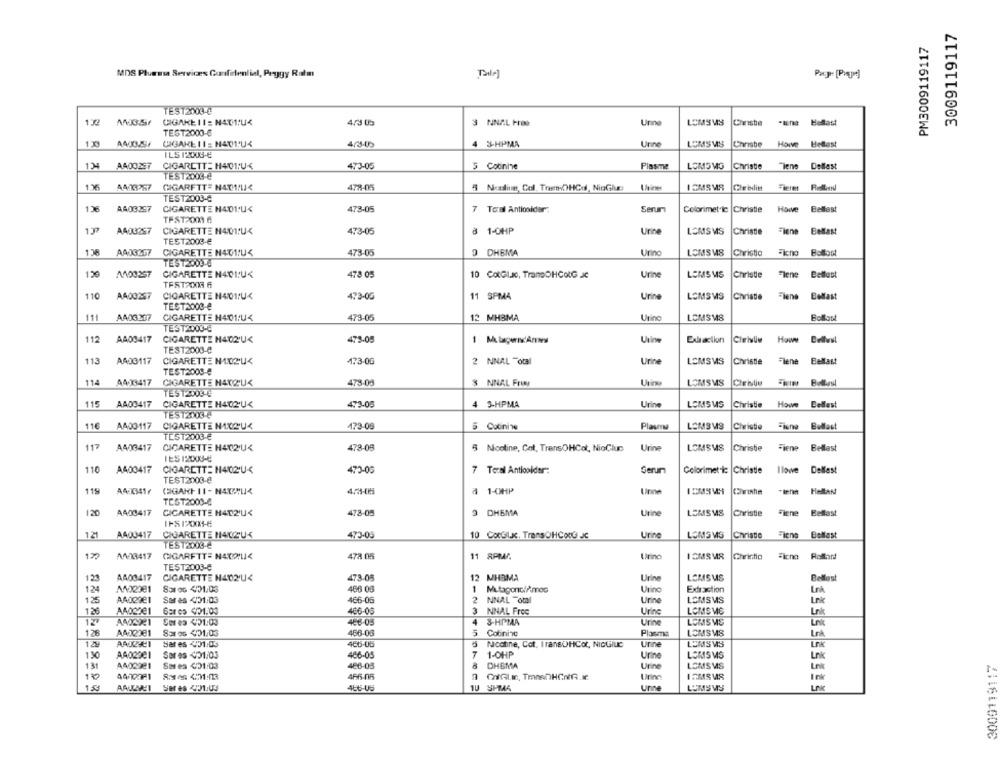
3009119117
PM3009119117
MDS Pluessa Services Confidential, Peggy Ratm
TEST2003-0
172
CIGARE 11 : N471:U4
4/3 05
3 NNAL HOG
Unne
LEMSMS
Chiste -une Belast
TEST2000-6
133
A403.27
CIGARE 1 1 : N401:UK
4 %-HPMA
Unne
LOMSMS
Christe Howve Hetlast
ILS 1-2003-€
13
A400297
CIGARETT= H401:U<
473-05
5 Cotinine
Plasma
LOMSMS
Christie "lene Dellest
TEST2003-@
1.35
A413287
CIGARETTE NATHALIE
478-05
5 Needing, Col. ThenCHCd, NioGlue
ICMSMA
TEST2003-6
1%
A403297
CIGARETTE HADI:U<
473-05
7 Toal Antiolder:
Serum
Colorimet c Christie
Howve Belfast
TEST2003 6
19
A403257
CIGARETTE N401:US
473-05
1-0HP
Urine
LOMSMS
Christie
Tiene
Belfast
TEST2003-6
AAJ3267
CIGARETTE N401:US
473-05
9 DHBMA
Urino
Christio
LOMSMS
TEST2000-4
150
AND0257
CIGARETTE NAC1:U<
478 05
10 CotGluNo, TransOHCOLG JC
Urine
LEMS MS
Christie
Flene
Bellust
TEST2008 6
110
A400257
CIGARETTE H401PU<
473-05
11 SPMA
Urine
LOMSMS
Christie
Flens
Belfast
TEST2003-8
111
A403307
CIGARETTE H401:U4
473-05
12 MHBMA
Uring
LOMSM8
Bollast
TEST2000-8
112
AA03417
CIGARETTE H402'U<
475-05
1 M.lapenAmw
Urine
Extraction
Cielle Howe Dellest
TEST2003-@
113
A403117
CIGARETTE NIXZU<
473-06
2 NNAL Total
Urine
LEMSMS
Christie
Flene Belfast
TEST2008-8
114
A4-X3417
CIGARETTE H4X2'US
Urine
473-05
$ NNAL Frus
LOMSMS
Ciristu
ES 12003-4
115
AA00417
CIGARETTE H402'U<
473-05
4 3-HPMA
Urine
LOMSUS
Christie Howe Dellest
TEST2003-6
11€
AA00117
CIGARETTE NIXAUS
473-09
5 Cotinine
LOMSMS
Christie
Fiona
Belfast
TE512003-6
117
A403417
CIGARETTE H412'U4
478-08
5 Nicotine, Got, TransOHCot, NioCluc
Urine
LOMSUS
Christie
Fiene
Bellast
IES IXXX-E
110
A403417
CIGARETT:1402'U<
473-00
7 Terai Antioolder:
Derum
Colorimet ic Christie
I lowe
Dellast
TEST2003-@
119
AAK341₼
4.31-05
a 1-0HP
Une
HeRAN
TEST2000-8
A400417
CIGARETTE H412'U4
478-05
9 DHBMA
Urine
LEMSMS
Christie
Fiche
Belast
IFSI:XXX1-6
121
A400417
CIGARETTE HAUZUK
473-05
10 CotGlxc. TransOHCONG JC
Urine
LOMSMS
Christie
Fieno
Bellast
TEST2003-6
123
A403417
CIGARFTT= N40214
478 05
11 RPM.
Uring
I CMS MR
Christio
Rollard
TEST2003-6
121
A403417
CIGARETTE N402U4
473-08
12 MHRMA
Uring
LOMSUS
Belfast
124
Sar os 401.03
466 06
1
Mtagonci/mes
Uring
Extraction
Ink
125
A402981
Sar as 401:03
466-06
2
NNAL "oml
Urine
LEMSMS
Lnk
1.26
AA02De1
Bar cs 421.03
3
NNAL Froc
Urine
406-06
LOMS VC
12
AADS921
Ser es 451:03
406-05
4
3-HPMA
Urine
126
AA02381
Sar os 401.03
466-08
Colininc
LOMSMS
Plasma
Lnk
12V
Sar es (31:03
486-05
Nicotine, Cot. IransÜHCot, NICGIUC
urine
LEMSMS
130
A4029CI
Sar es (21.03
466-05
7
1-OHP
Urine
LOMSMS
Ln
3009119117
131
A402921
Sares 621:03
486-03
DHBMA
Urine
LOMSMS
Ln
10
4665-06
Urine
LnK
Ser es 221.03
486-US
1U
urne
LUMSMS